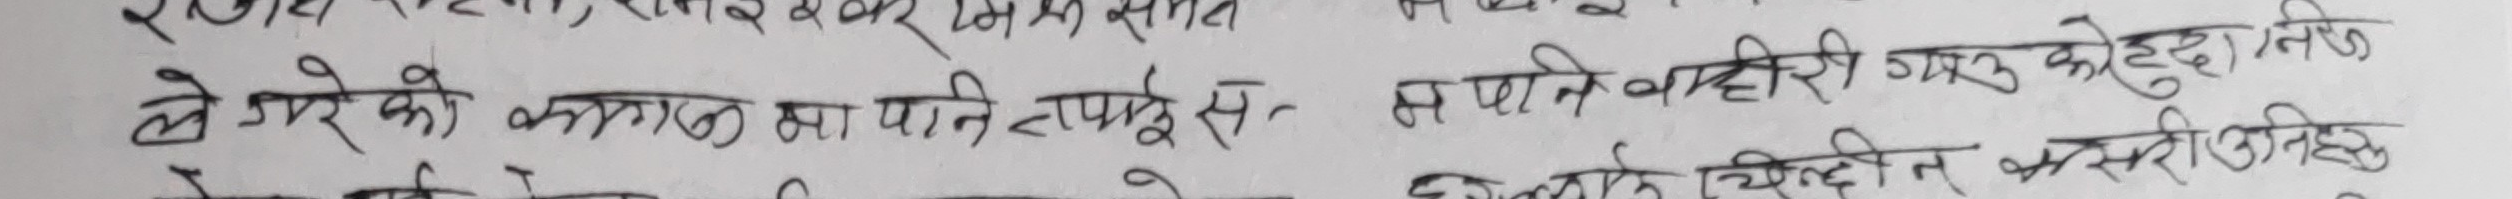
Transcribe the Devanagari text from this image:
ते मेरोको कागजको पानी तप्पूसत भने काही गरी कोहदा लिख
चिल्दी अस्ती उनीहरु